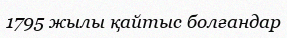
1795 жылы қайтыс болғандар